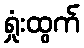
ရှုံးထွက်